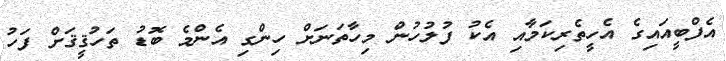
އެފްބީއައިގެ އެހީތެރިކަމާއި އެކު ފުލުހުން މިހާތަނަށް ހިންގި އެންމެ ބޮޑު ތަހުޤީޤަށް ފަހު